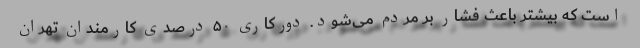
است که بیشتر باعث فشار بر مردم می‌شود. دورکاری ۵۰ درصدی کارمندان تهران